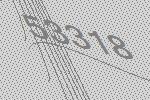
53318